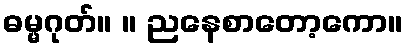
ဓမ္မဂုတ်။ ။ ညနေစာတော့ကော။